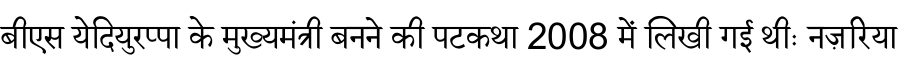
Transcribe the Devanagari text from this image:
बीएस येदियुरप्पा के मुख्यमंत्री बनने की पटकथा 2008 में लिखी गई थीः नज़रिया